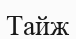
Тайж